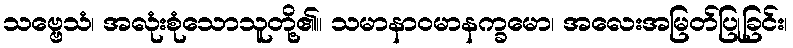
သဗ္ဗေသံ၊ အလုံးစုံသောသူတို့၏။ သမာနာဝမာနက္ခမော၊ အလေးအမြတ်ပြုခြင်း၊